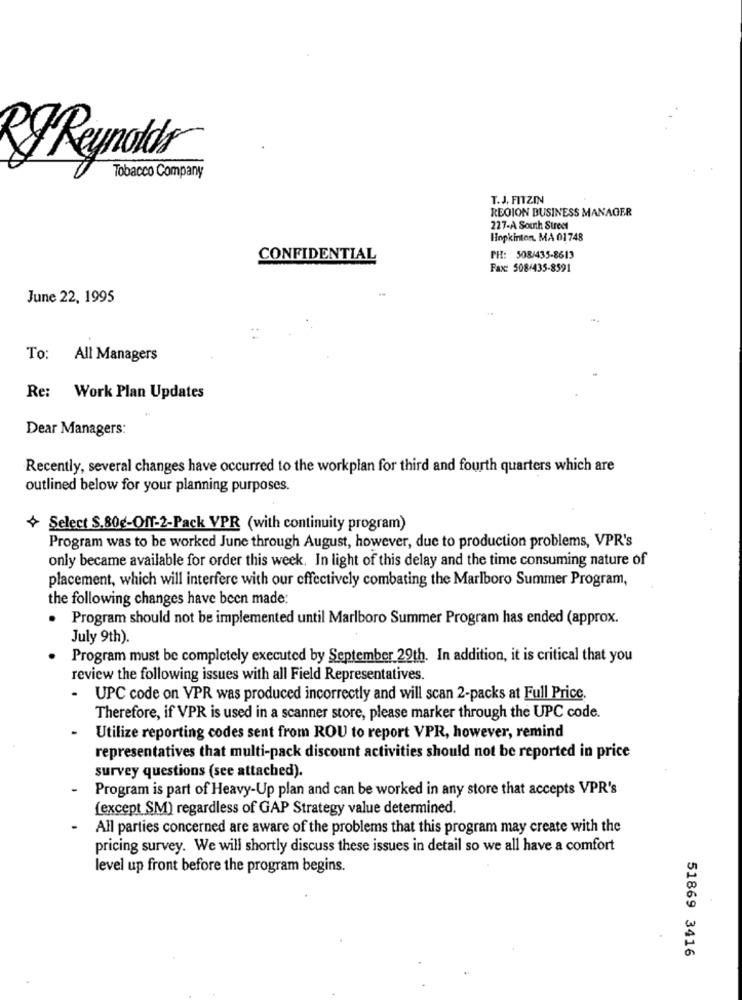
JReynolds
Tobacco Company
T.J. FITZIN
REGION BUSINESS MANAGER
227-A South Street
Hopkinton, MA 01 748
CONFIDENTIAL
PH: 508/435-8613
Fax: 508/435-8591
June 22, 1995
To:
All Managers
Re: Work Plan Updates
Dear Managers:
Recently, several changes have occurred to the workplan for third and fourth quarters which are
outlined below for your planning purposes.
Select S.80g-Off-2-Pack VPR (with continuity program)
Program was to be worked June through August, however, due to production problems, VPR's
only became available for order this week. In light of this delay and the time consuming nature of
placement, which will interfere with our effectively combating the Marlboro Summer Program,
the following changes have been made:
. Program should not be implemented until Marlboro Summer Program has ended (approx.
July 9th).
Program must be completely executed by September 29th. In addition, it is critical that you
review the following issues with all Field Representatives.
.
UPC code on VPR was produced incorrectly and will scan 2-packs at Full Price.
Therefore, if VPR is used in a scanner store, please marker through the UPC code.
Utilize reporting codes sent from ROU to report VPR, however, remind
representatives that multi-pack discount activities should not be reported in price
survey questions (see attached).
Program is part of Heavy-Up plan and can be worked in any store that accepts VPR's
(except SM) regardless of GAP Strategy value determined.
All parties concerned are aware of the problems that this program may create with the
pricing survey. We will shortly discuss these issues in detail so we all have a comfort
level up front before the program begins.
51869 3416